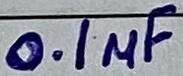
Text: 0.1µF